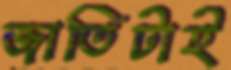
জাতিটাই